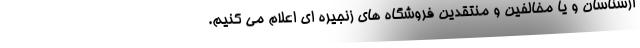
ارشناسان و یا مخالفین و منتقدین فروشگاه های زنجیره ای اعلام می کنیم.